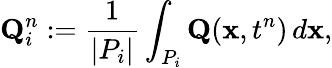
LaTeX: \mathbf{Q}_{i}^{n}:=\frac{1}{|P_{i}|}\int_{P_{i}}\mathbf{Q}(\mathbf{x},t^{n})\, d\mathbf{x},